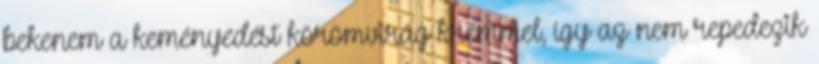
bekenem a keményedést körömvirág krémmel, így az nem repedezik